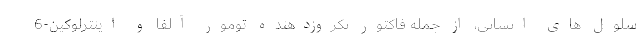
سلول های انسانی، از جمله فاکتور نکروزدهنده تومور آلفا و اینترلوکین-6